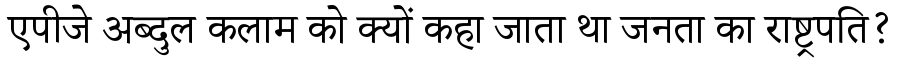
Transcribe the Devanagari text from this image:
एपीजे अब्दुल कलाम को क्यों कहा जाता था जनता का राष्ट्रपति?